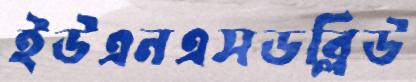
ইউএনএসডব্লিউ